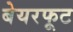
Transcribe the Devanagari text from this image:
बेयरफूट